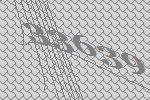
33639